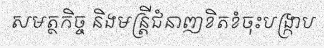
សមត្ថកិច្ច និងមន្ត្រីជំនាញខិតខំចុះបង្ក្រាប